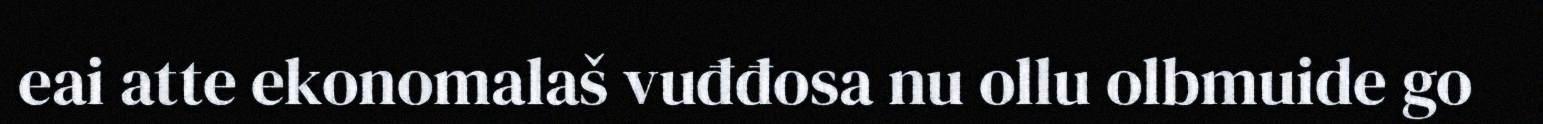
eai atte ekonomalaš vuđđosa nu ollu olbmuide go